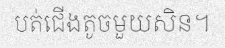
បត់ជើងតូចមួយសិន។